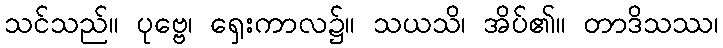
သင်သည်။ ပုဗ္ဗေ၊ ရှေးကာလ၌။ သယသိ၊ အိပ်၏။ တာဒိသဿ၊